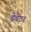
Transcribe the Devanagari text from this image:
डेवेंटर